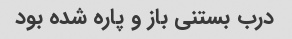
درب بستنی باز و پاره شده بود